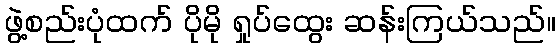
ဖွဲ့စည်းပုံထက် ပိုမို ရှုပ်ထွေး ဆန်းကြယ်သည်။